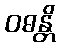
ဝဓန္တိ